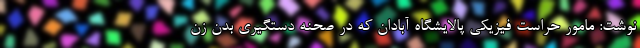
نوشت: مامور حراست فیزیکی پالایشگاه آبادان که در صحنه دستگیری بدن زن